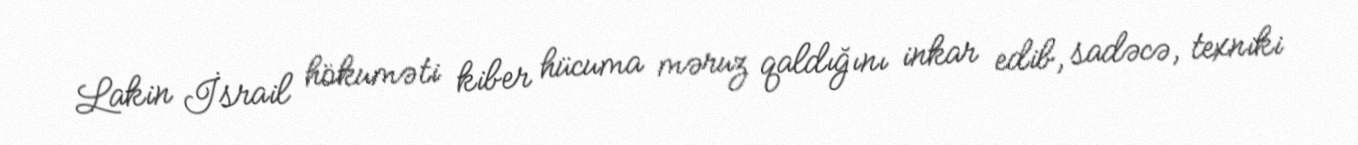
Lakin İsrail hökuməti kiber hücuma məruz qaldığını inkar edib, sadəcə, texniki